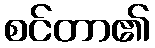
စင်တာ၏